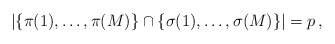
\begin{align*}|\{\pi(1),\ldots, \pi(M)\} \cap \{\sigma(1), \ldots, \sigma(M)\}| = p\,,\end{align*}